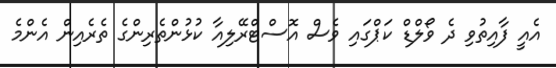
އެެއީ ފާއިތުވި ދެ ވޯލްޑް ކަޕްގައި ވެސް އޮސްޓްރޭލިއާ ކުޅުންތެރިންގެ ތެރެއިން އެންމެ